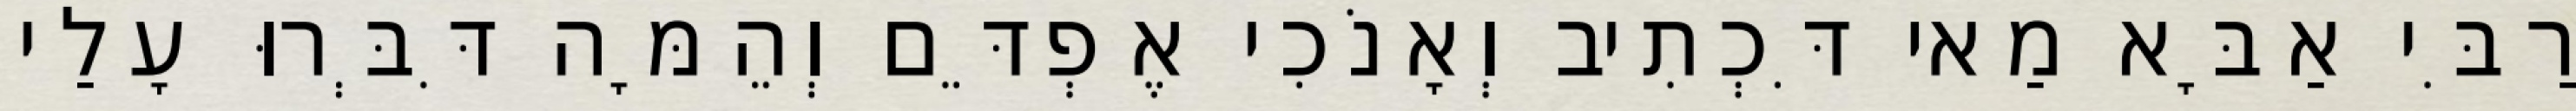
רַבִּי אַבָּא מַאי דִּכְתִיב וְאָנֹכִי אֶפְדֵּם וְהֵמָּה דִּבְּרוּ עָלַי